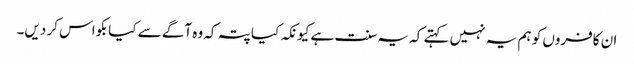
ان کافروں کو ہم یہ نہیں کہتے کہ یہ سنت ہے کیونکہ کیا پتہ کہ وہ آگے سے کیا بکواس کر دیں۔